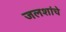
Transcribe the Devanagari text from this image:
जलशांचे